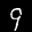
Label: 9